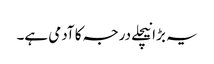
یہ بڑا نیچلے درجہ کا آدمی ہے۔